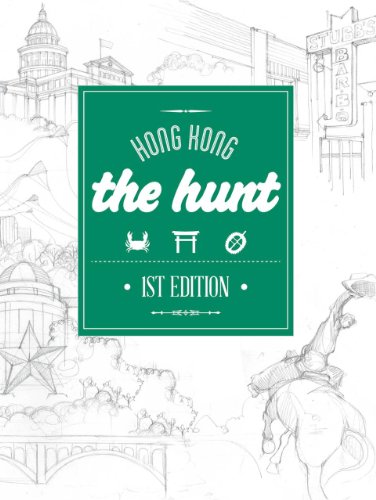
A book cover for The HUNT Hong Kong (The Hunt Guides); Grace Entry; Travel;